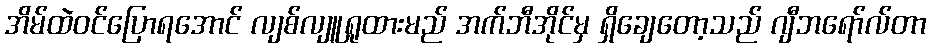
အိမ်ထဲဝင်ပြောရအောင် လျစ်လျူရှုထားမည် အက်ဘီအိုင်မှ ရှိချေတော့သည် ဂျီဘရော်လ်တာ